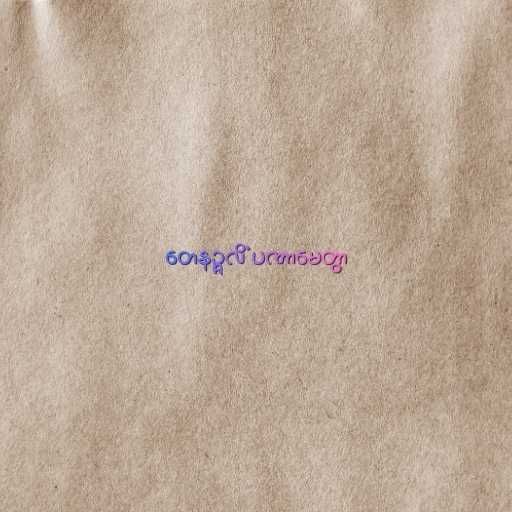
တေနဉ္ဇလိံ ပဏာမေတွာ